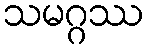
သမဂ္ဂဿ